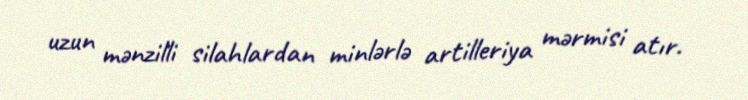
uzun mənzilli silahlardan minlərlə artilleriya mərmisi atır.